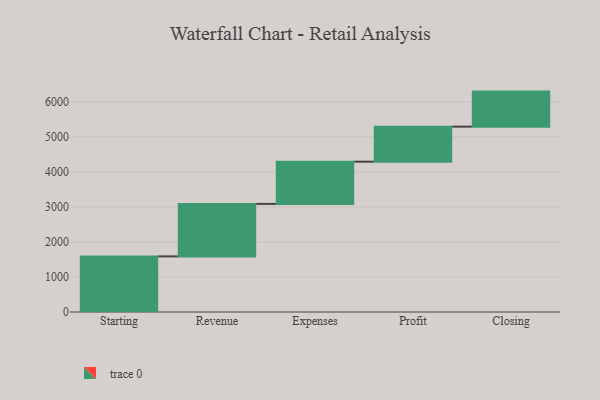
{"axis": {"x": "Step", "y": "Value"}, "legend": [""], "data": [{"x": "Starting", "y": 1587.0, "type": ""}, {"x": "Revenue", "y": 1498.0, "type": ""}, {"x": "Expenses", "y": 1204.0, "type": ""}, {"x": "Profit", "y": 1000, "type": ""}, {"x": "Closing", "y": 1000, "type": ""}]}